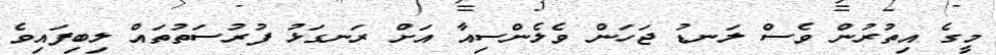
މީގެ އިތުރުން ވެސް ލަނޑު ޖަހަން ވެލެންސިއާ އަށް ރަނގަޅު ފުރުސަތުތައް ލިބިފައިވެ